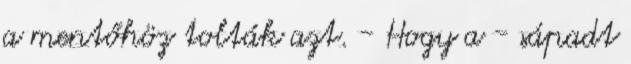
a mentőhöz tolták azt. - Hogy a - sápadt